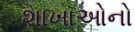
શાખાઓનો